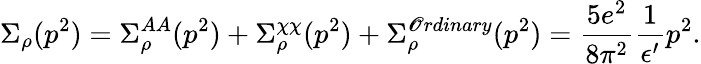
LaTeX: \Sigma_{\rho}(p^{2})=\Sigma_{\rho}^{AA}(p^{2})+\Sigma_{\rho}^{\chi\chi}(p^{2})+\Sigma_{\rho}^{\mathscr{O}rdinary}(p^{2})={\frac{{5e^{2}}}{{8\pi^{2}}}}{\frac{{1}}{{\epsilon^{\prime}}}}p^{2}.